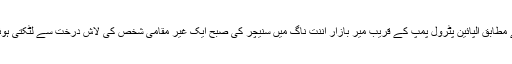
تفصیلات کے مطابق الپائین پٹرول پمپ کے قریب میر بازار اننت ناگ میں سنیچر کی صبح ایک غیر مقامی شخص کی لاش درخت سے لٹکتی ہوئی پائی گئی ۔